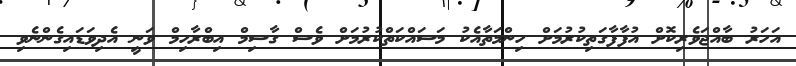
އަހަރު ބާއްޖަވެރިކޮށް އުފާފާގަތިކުރުމަށް ހިންމަތާއެކު މަސައްކަތްކުރުމަށް ވެސް ގާސިމް އިބްރާހިމް ވަނީ އެދިވަޑައިގެންނެވި